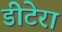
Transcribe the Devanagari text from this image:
डीटेरा